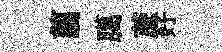
翦臈蔗好